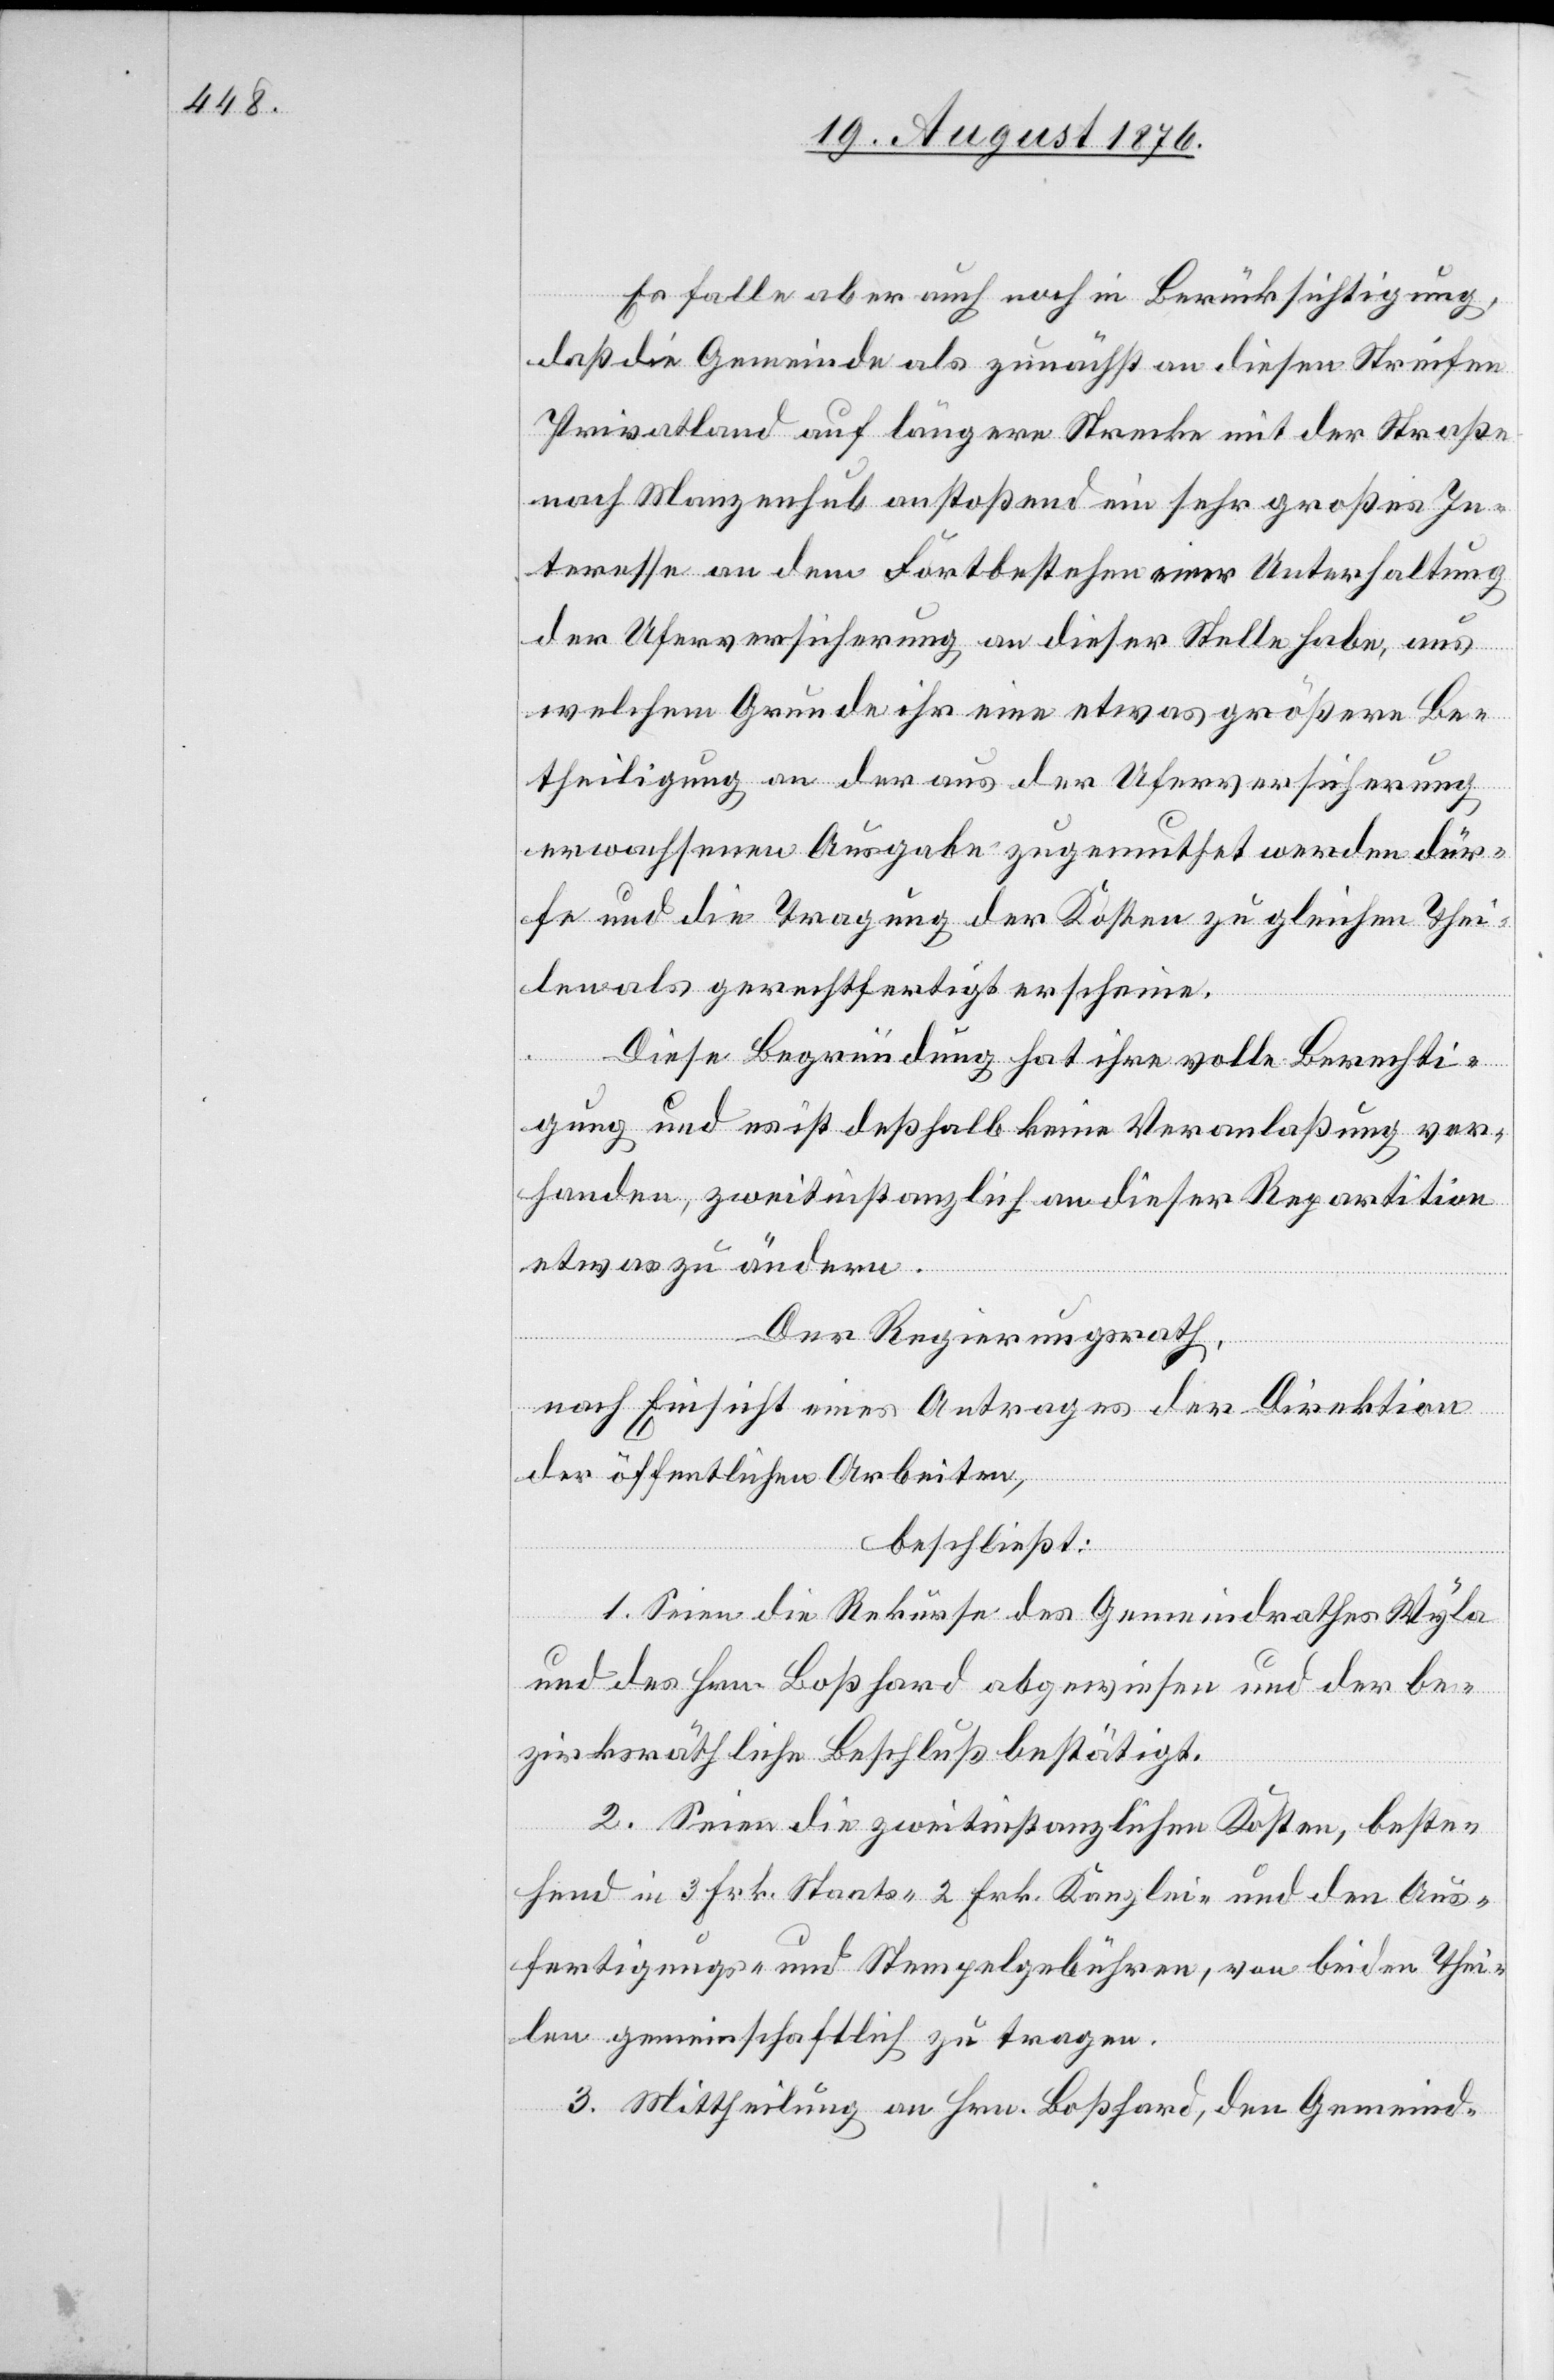
Es falle aber auch noch in Berücksichtigung,
daß die Gemeinde als zunächst an diesen Streifen
Privatland auf längere Strecke mit der Straße
nach Manzenhub abstoßend eine sehr großes In¬
teresse an dem Fortbestehen einer Unterhaltung
der Uferversicherung an dieser Stelle habe, aus
welchem Grunde ihr eine etwas größere Be¬
theiligung an der aus der Uferversicherung
erwachsenen Ausgabe zugemuthet werden dür¬
fe und die Tragung der Kosten zu gleichen Thei¬
len als gerechtfertigt erscheine.
Diese Begründung hat ihre volle Berechti¬
gung und es ist deßhalb keine Veranlaßung vor¬
handen, zweitinstanzlich an dieser Repartition
etwas zu ändern.
Der Regierungsrath,
nach Einsicht eines Antrages der Direktion
der öffentlichen Arbeiten,
beschließt:
1. Seien die Rekurse des Gemeindrathes Wyla
und des Hrn. Boßhard abgewiesen und der be¬
zirksräthliche Beschluß bestätigt.
2. Seien die zweitinstanzlichen Kosten, beste¬
hend in 3 Frk. Staats- 2 Frk. Kanzlei- nebst den Aus¬
fertigungs- und Stempelgebühren, von beiden Thei¬
len gemeinschaftlich zu tragen.
3. Mittheilung an Hrn. Boßhard, den Gemeind-